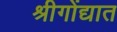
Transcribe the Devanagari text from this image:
श्रीगोंद्यात